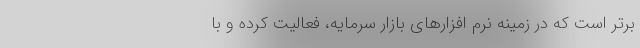
برتر است که در زمینه نرم افزارهای بازار سرمایه، فعالیت کرده و با